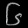
Digit: ၆